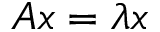
A x = \lambda x